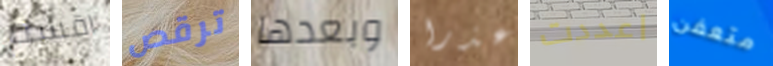
اقسم ترقص وبعدها عذرا اعددت متعفن